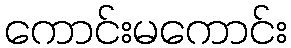
ကောင်းမကောင်း